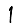
Digit: 1